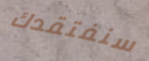
سنفتقدك